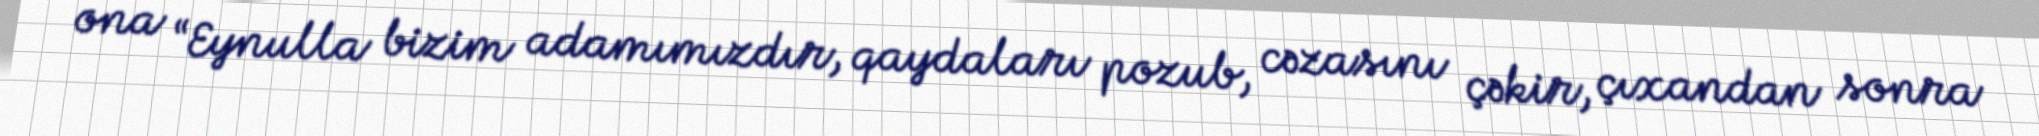
ona “Eynulla bizim adamımızdır, qaydaları pozub, cəzasını çəkir, çıxandan sonra